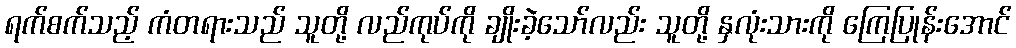
ရက်စက်သည့် ကံတရားသည် သူတို့ လည်ကုပ်ကို ချိုးခဲ့သော်လည်း သူတို့ နှလုံးသားကို ကြေပြုန်းအောင်